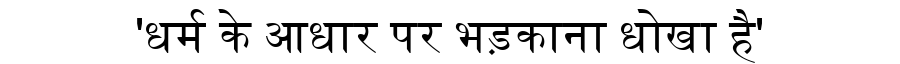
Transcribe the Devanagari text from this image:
'धर्म के आधार पर भड़काना धोखा है'